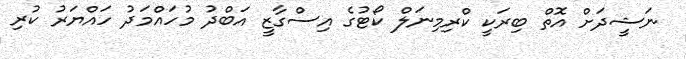
ނަޝީދަށް އޮތް ބިރަކީ ކްރިމިނަލް ކޯޓުގެ އިސްގާޒީ އަބްދު މުހައްމަދު ހައްޔަރު ކުރި